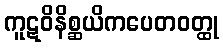
ကူဋဝိနိစ္ဆယိကပေတဝတ္ထု